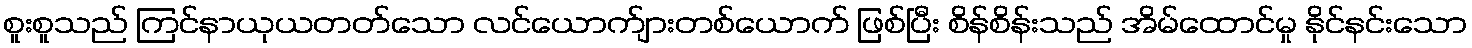
စူးစူသည် ကြင်နာယုယတတ်သော လင်ယောက်ျားတစ်ယောက် ဖြစ်ပြီး စိန်စိန်းသည် အိမ်ထောင်မှု နိုင်နင်းသော